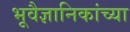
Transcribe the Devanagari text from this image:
भूवैज्ञानिकांच्या